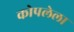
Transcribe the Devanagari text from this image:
कोपलेला